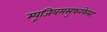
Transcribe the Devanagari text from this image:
म्यूजियमसुफरफेस्ट